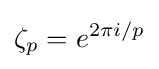
\zeta _{p}=e^{2\pi i/p}